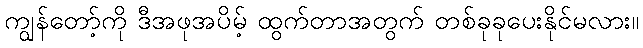
ကျွန်တော့်ကို ဒီအဖုအပိမ့် ထွက်တာအတွက် တစ်ခုခုပေးနိုင်မလား။